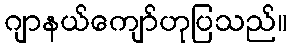
ဂျာနယ်ကျော်ဟုပြသည်။